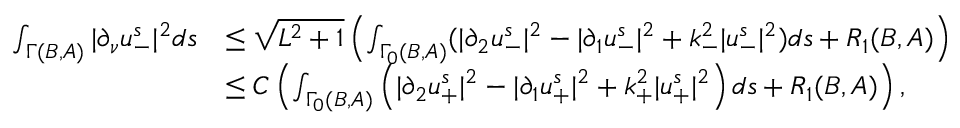
\begin{array} { r l } { \int _ { \Gamma ( B , A ) } | \partial _ { \nu } u _ { - } ^ { s } | ^ { 2 } d s } & { \leq \sqrt { L ^ { 2 } + 1 } \left( \int _ { \Gamma _ { 0 } ( B , A ) } ( | \partial _ { 2 } u _ { - } ^ { s } | ^ { 2 } - | \partial _ { 1 } u _ { - } ^ { s } | ^ { 2 } + k _ { - } ^ { 2 } | u _ { - } ^ { s } | ^ { 2 } ) d s + R _ { 1 } ( B , A ) \right) } \\ & { \leq C \left( \int _ { \Gamma _ { 0 } ( B , A ) } \left( | \partial _ { 2 } u _ { + } ^ { s } | ^ { 2 } - | \partial _ { 1 } u _ { + } ^ { s } | ^ { 2 } + k _ { + } ^ { 2 } | u _ { + } ^ { s } | ^ { 2 } \right) d s + R _ { 1 } ( B , A ) \right) , } \end{array}